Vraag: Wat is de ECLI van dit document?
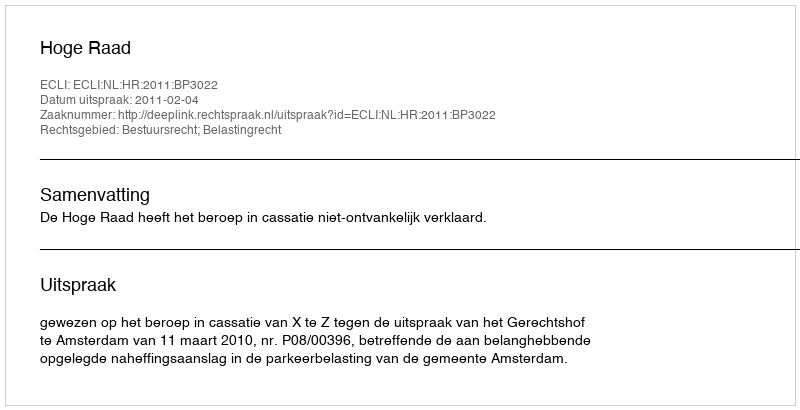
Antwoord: ECLI:NL:HR:2011:BP3022